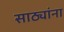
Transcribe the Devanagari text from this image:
साठ्यांना